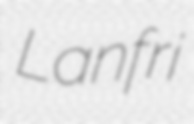
Lanfri